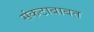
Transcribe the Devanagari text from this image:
संकटाबाबत